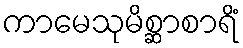
ကာမေသုမိစ္ဆာစာရိံ